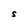
Character: s